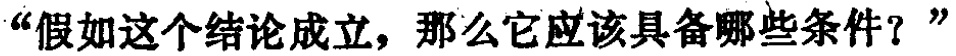
“假如这个结论成立，那么它应该具备哪些条件？”